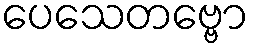
ပေသေတဗ္ဗော